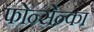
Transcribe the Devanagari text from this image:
फोन्सेन्का